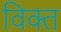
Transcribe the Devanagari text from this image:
विक्त